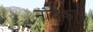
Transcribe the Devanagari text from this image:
नायकावे